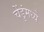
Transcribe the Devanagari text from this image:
चेंडुंमध्ये